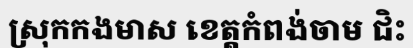
ស្រុកកងមាស ខេត្តកំពង់ចាម ជិះ